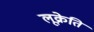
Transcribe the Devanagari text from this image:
लूक्रेति